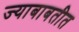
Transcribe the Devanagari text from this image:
ज्याबाबतीत